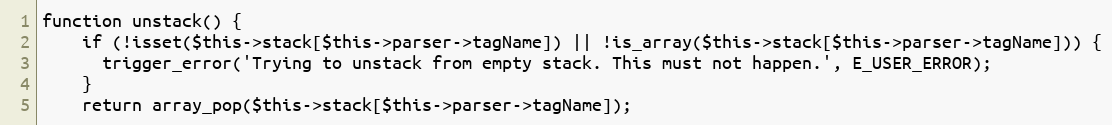
Language: PHP
function unstack() {
    if (!isset($this->stack[$this->parser->tagName]) || !is_array($this->stack[$this->parser->tagName])) {
      trigger_error('Trying to unstack from empty stack. This must not happen.', E_USER_ERROR);
    }
    return array_pop($this->stack[$this->parser->tagName]);